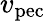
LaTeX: v_{\mathrm{pec}}